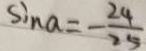
\sin a = - \frac { 2 4 } { 2 5 }